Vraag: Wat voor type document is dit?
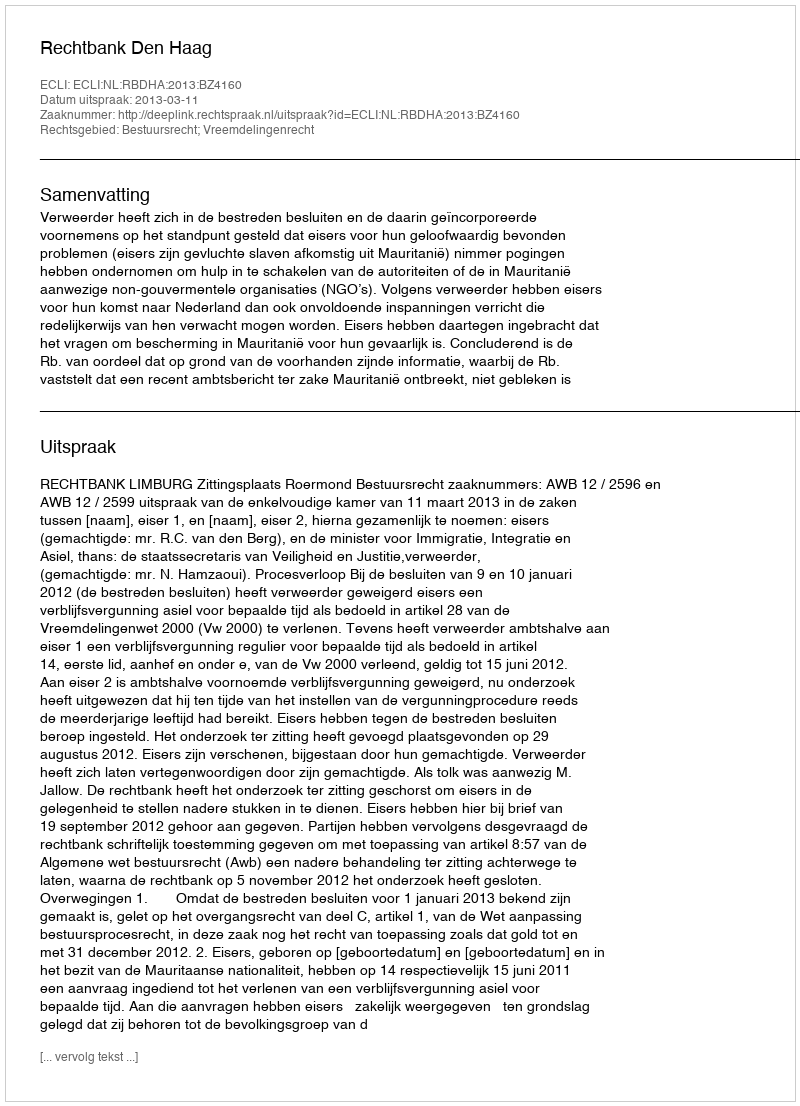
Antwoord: Uitspraak